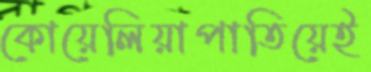
কোয়েলিয়াপাতিয়েই